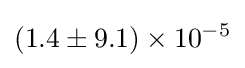
(1.4\pm 9.1)\times 10^{-5}